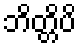
ဘိတ္တိပိ